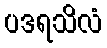
ပဒရသိလံ